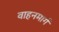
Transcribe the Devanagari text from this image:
वाहनमार्ग